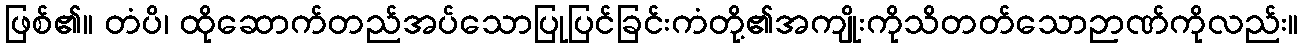
ဖြစ်၏။ တံပိ၊ ထိုဆောက်တည်အပ်သောပြုပြင်ခြင်းကံတို့၏အကျိုးကိုသိတတ်သောဉာဏ်ကိုလည်း။